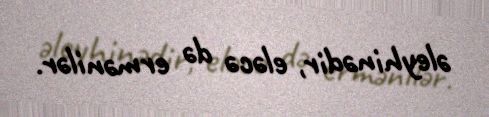
əleyhinədir, eləcə də ermənilər.